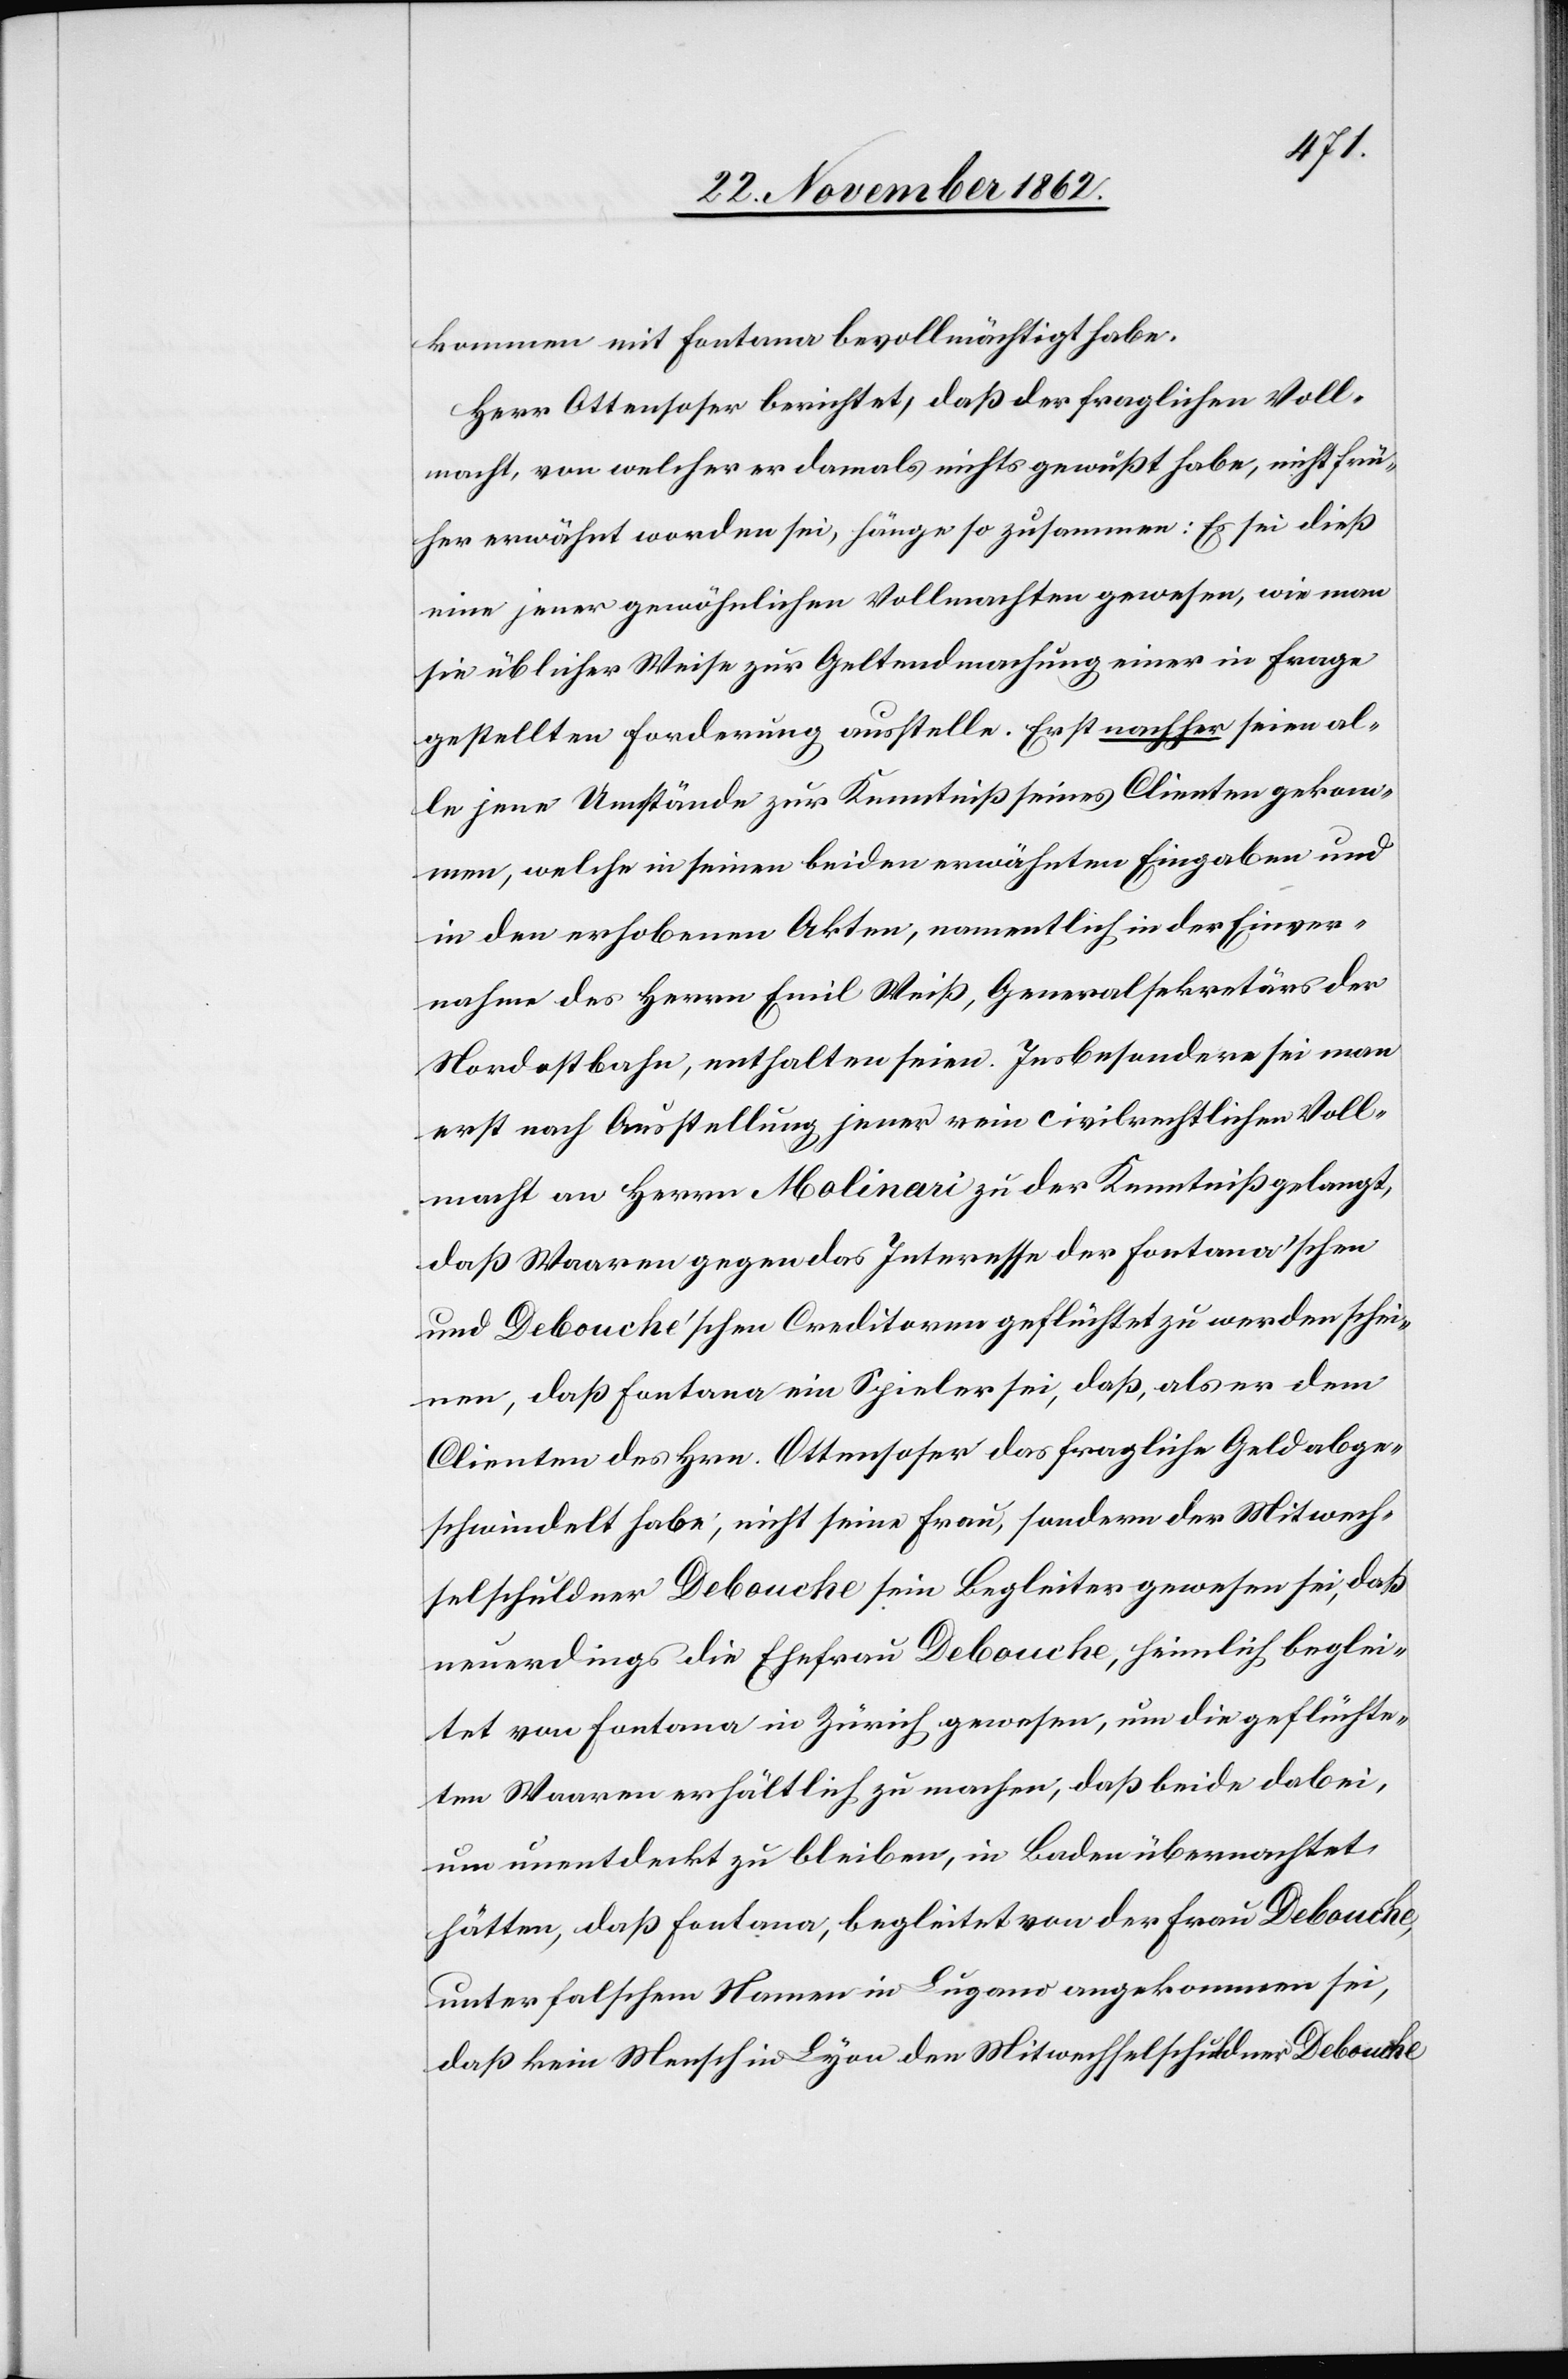
kommen mit Fontana bevollmächtigt habe.
Herr Ottensoser berichtet, daß der fraglichen Voll¬
macht, von welcher er damals nichts gewußt habe, nicht frü¬
her erwähnt worden sei, hänge so zusammen: Es sei dieß
eine jener gewöhnlichen Vollmachten gewesen, wie man
sie üblicher Weise zur Geltendmachung einer in Frage
gestellten Forderung ausstelle. Erst nachher seien al¬
le jene Umstände zur Kenntniß seines Clienten gekom¬
men, welche in seinen beiden erwähnten Eingaben und
in den erhobenen Akten, namentlich in der Einver¬
nahme des Herrn Emil Weiß, Generalsekretärs der
Nordostbahn, enthalten seien. Ins besondere sei man
erst nach Ausstellung jener rein civilrechtlichen Voll¬
macht an Herrn Molinari zu der Kenntniß gelangt,
daß Waaren gegen das Interesse der Fontana’schen
und Debouche’schen Creditoren geflüchtet zu werden schei¬
nen, daß Fontana ein Spieler sei, daß, als er dem
Clienten des Hrn. Ottensoser das fragliche Geld abge¬
schwindelt habe, nicht seine Frau, sondern der Mitwech¬
selschuldner Debouche sein Begleiter gewesen sei, daß
neuerdings die Ehefrau Debouche, heimlich beglei¬
tet von Fontana in Zürich gewesen, um die geflüchte¬
ten Waaren erhältlich zu machen, daß beide dabei,
um unentdeckt zu bleiben, in Baden übernachtet
hätten, daß Fontana, begleitet von der Frau Debouche,
unter falschem Namen in Lugano angekommen sei,
daß kein Mensch in Lyon den Mitwechselschuldner Debouche